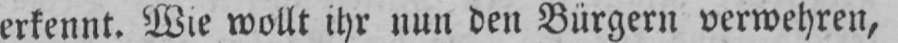
erkennt. Wie wollt ihr nun den Bürgern verwehren,